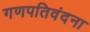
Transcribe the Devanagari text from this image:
गणपतिवंदना